Causation and prevention of malarial fevers: a statement of the results of researches drawn up for the use of assistant surgeons, hospital assistants and students
Disease focus: Malaria
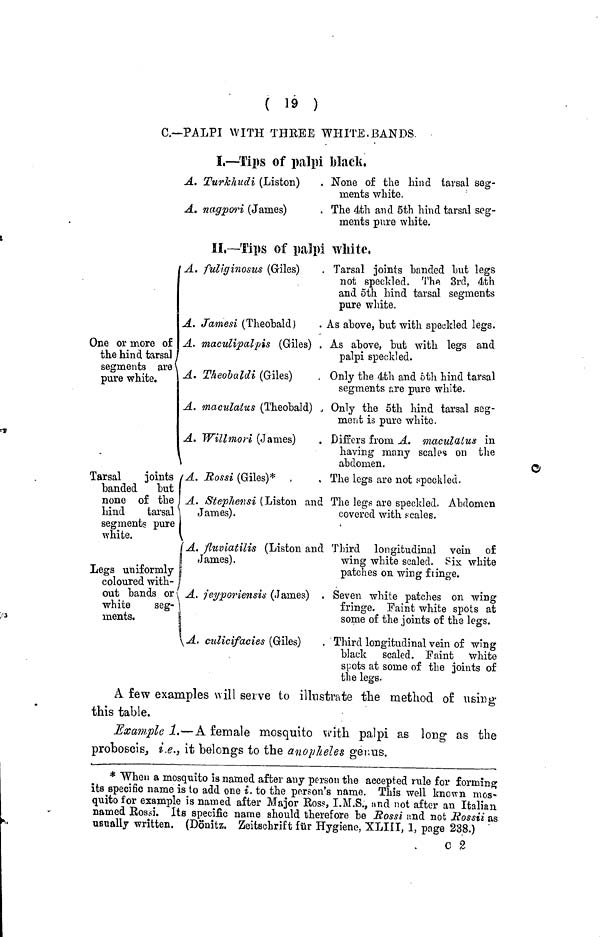
( 19 )
C.—PALPI WITH THREE WHITE BANDS.
I.—Tips of palpi black,
One or more of
the hind tarsa
segments are
pure white.
Tarsal
joints
banded
but
none of the
hind
tarsal
segments pure
white.
Legs uniformly
coloured with-
out bands or
white
seg-
ments.
A. Turlchudi (Liston)
A. nagpori (James)
None of the hind tarsal seg-
ments white.
The 4th and 5th hind tarsal seg-
ments pure white.
II.— Tips of palpi white.
A. fuliginosus (Giles)
A. Jamesi (Theobald)
A. maculipal pis (Giles) .
A. Theobaldi (Giles)
A. maculatus (Theobald)
A. Willmori (James)
A. Rossi
(Giles)*
A. Stephensi (Liston and
James).
A. fluviatilis (Liston and
James).
( A. jeyporiensis (James)
A. culicifacies (Giles)
Tarsal joints banded but legs
not speckled. The 3rd, 4th
and 5th hind tarsal segments
pure white.
As above, but with speckled legs.
As above, but with legs and
palpi speckled.
Only the 4th and 6th hind tarsal
segments are pure white.
Only the 5th hind tarsal seg-
ment is pure white.
Differs from A. maculalus in
having many scales on the
abdomen.
The legs are not speckled.
The legs are speckled. Abdomen
covered with scales.
Third longitudinal vein of
wing white scaled. Six white
patches on wing fringe.
Seven white patches on wing
fringe. Paint white spots at
some of the joints of the legs.
Third longitudinal vein of wing
black scaled. Faint white
spots at some of the joints of
the legs.
A few examples will serve to illustrate the method of using-
this table.
Example 1.—A. female mosquito with palpi as long as the
proboscis, i.e., it belongs to the anopheles genus.
* When a mosquito is named after any person the accepted rule for forming
its specific name is to add one i. to the person's name. This well known mos-
quito for example is named after Major Ross, I.M.S., and not after an Italian
named Rossi. Its specific name should therefore be Rossi and not Rossii as
usually written. (Dönitz. Zeitschrift fur Hygiene, XLIII, 1, page 238.)
C 2